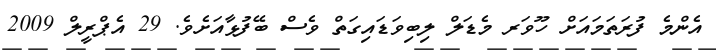
އެންމެ ފުރަތަމައަށް ހޫވަރ މެޑަލް ލިބިވަޑައިގަތް ވެސް ބޭފުޅާއަށެވެ. 29 އެޕްރީލް 2009